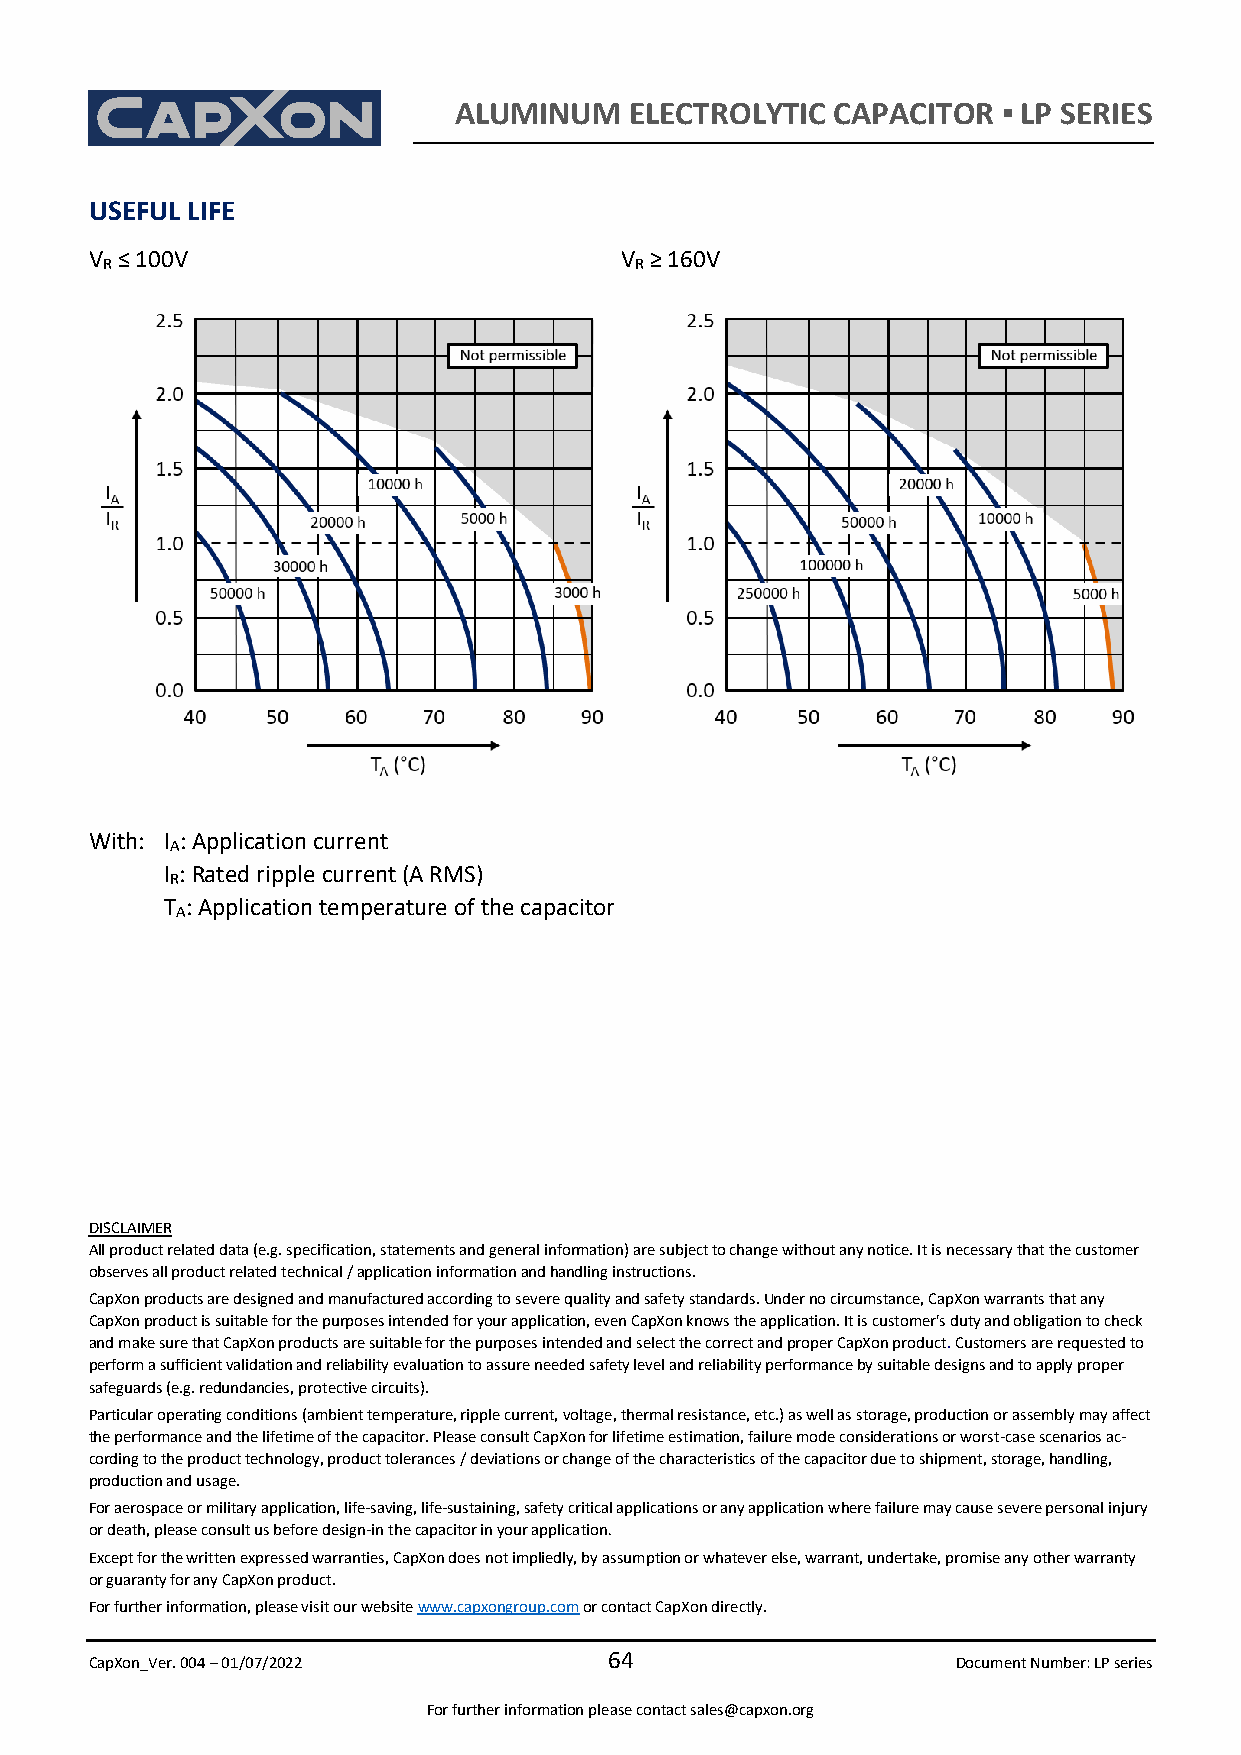
ALUMINUM    ELECTROLYTIC CAPACITOR  ▪ LP SERIES
 USEFUL LIFE
 V R ≤ 100V                         V R ≥ 160V
 With: I : Application current
 A
 I : Rated ripple current (A RMS)
 R
 T : Application temperature of the capacitor
 A
 DISCLAIMER
 All product related data (e.g. specification, statements and general information) are subject to change without any notice. It is necessary that the customer
 observes all product related technical / application information and handling instructions.
 CapXon products are designed and manufactured according to severe quality and safety standards. Under no circumstance, CapXon warrants that any
 CapXon product is suitable for the purposes intended for your application, even CapXon knows the application. It is customer's duty and obligation to check
 and make sure that CapXon products are suitable for the purposes intended and select the correct and proper CapXon product. Customers are requested to
 perform a sufficient validation and reliability evaluation to assure needed safety level and reliability performance by suitable designs and to apply proper
 safeguards (e.g. redundancies, protective circuits).
 Particular operating conditions (ambient temperature, ripple current, voltage, thermal resistance, etc.) as well as storage, production or assembly may affect
 the performance and the lifetime of the capacitor. Please consult CapXon for lifetime estimation, failure mode considerations or worst-case scenarios ac-
 cording to the product technology, product tolerances / deviations or change of the characteristics of the capacitor due to shipment, storage, handling,
 production and usage.
 For aerospace or military application, life-saving, life-sustaining, safety critical applications or any application where failure may cause severe personal injury
 or death, please consult us before design-in the capacitor in your application.
 Except for the written expressed warranties, CapXon does not impliedly, by assumption or whatever else, warrant, undertake, promise any other warranty
 or guaranty for any CapXon product.
 For further information, please visit our website www.capxongroup.com or contact CapXon directly.
 CapXon_Ver. 004 – 01/07/2022
 64
 Document Number: LP series
 For further information please contact sales@capxon.org